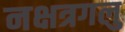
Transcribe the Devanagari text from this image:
नक्षत्रगलु